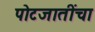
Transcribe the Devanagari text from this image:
पोटजातींचा